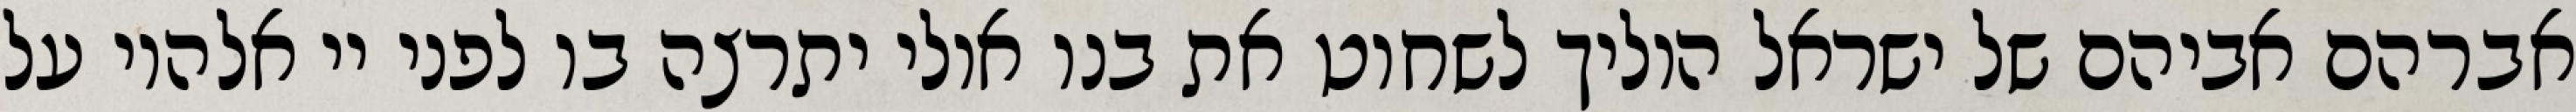
אברהם אביהם של ישראל הוליך לשחוט את בנו אולי יתרצה בו לפני יי אלהיו על